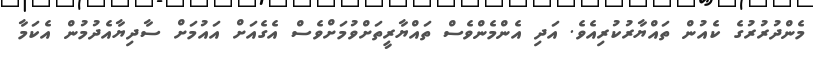
މެންދުރުރުގެ ކެއުން ތައްޔާރުކުރިއެވެ. އަދި އެންމެންވެސް ތައްޔާރީތަށްވުމަށްވެސް އެގެއަށް އައުމަށް ސާދިޔާއެދުމުން އެކަމާ